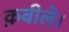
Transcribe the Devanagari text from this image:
क़बीले।